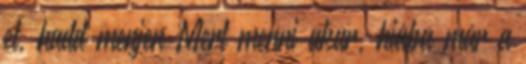
el, hadd menjen Mert menni akar, hiába már a